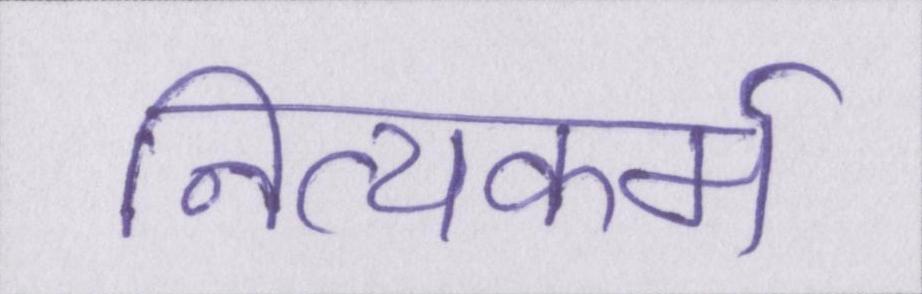
नित्यकर्म